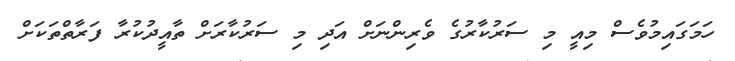
ހަމަގައިމުވެސް މިއީ މި ސަރުކާރުގެ ވެރިންނަށް އަދި މި ސަރުކާރަށް ތާއީދުކުރާ ފަރާތްތަކަށް